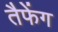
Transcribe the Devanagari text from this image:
तैफेंग